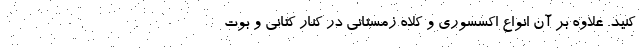
کنید. علاوه بر آن انواع اکسسوری و کلاه زمستانی در کنار کتانی و بوت